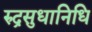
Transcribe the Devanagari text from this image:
रुद्रसुधानिधि